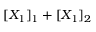
[ X _ { 1 } ] _ { 1 } + [ X _ { 1 } ] _ { 2 }